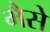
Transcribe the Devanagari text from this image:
भैसे